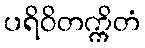
ပရိဝိတက္ကိတံ